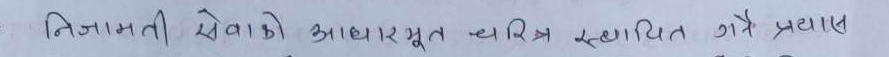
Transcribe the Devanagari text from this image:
निजामती सेवाको आधारभूत चरित्र स्थापित गर्ने प्रयास